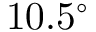
1 0 . 5 ^ { \circ }